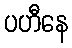
ပဟီနေ